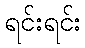
ရင်းရင်း